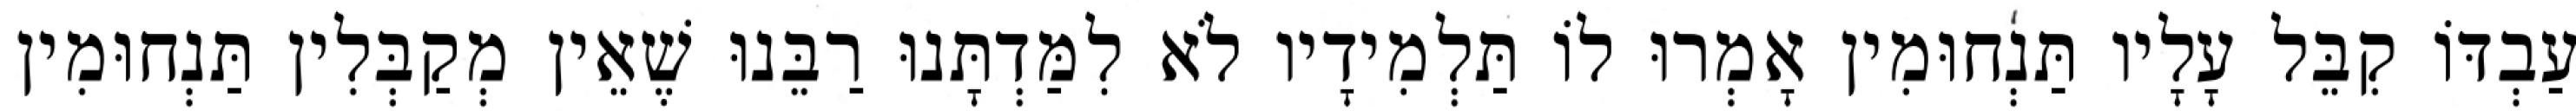
עַבְדּוֹ קִבֵּל עָלָיו תַּנְחוּמִין אָמְרוּ לוֹ תַּלְמִידָיו לֹא לִמַּדְתָּנוּ רַבֵּנוּ שֶׁאֵין מְקַבְּלִין תַּנְחוּמִין